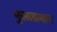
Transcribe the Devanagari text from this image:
मुसलामान